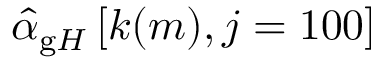
\hat { \alpha } _ { \mathrm g H } \left[ k ( m ) , j = 1 0 0 \right]